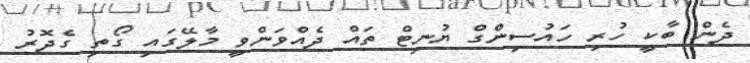
ދެން ބާކީ ހުރި ހައުސިންގް ޔުނިޓް ތައް ދެއްވަންވީ މާލޭގައި ގޯތި ގެދޮރު